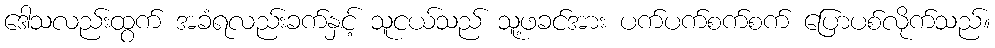
ဒေါသလည်းထွက် အခံရလည်းခက်နှင့် သူငယ်သည် သူ့ဖခင်အား ပက်ပက်စက်စက် ပြောပစ်လိုက်သည်။